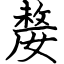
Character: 嫠